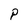
Character: P